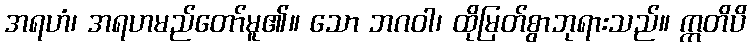
အရဟံ၊ အရဟမည်တော်မူ၏။ သော ဘဂဝါ၊ ထိုမြတ်စွာဘုရားသည်။ ဣတိပိ